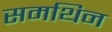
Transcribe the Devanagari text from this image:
समथिन